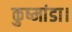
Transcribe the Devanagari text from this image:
कुष्मांडा।